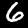
Label: 6